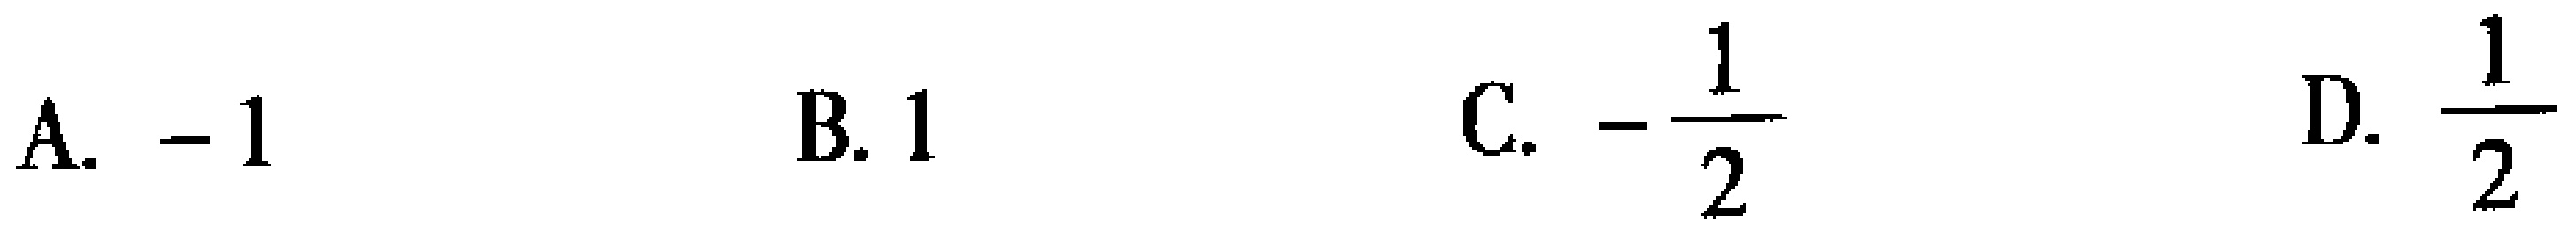
A. $-1$  B. $1$  C. $-\frac{1}{2}$  D. $\frac{1}{2}$